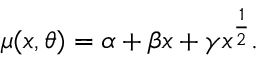
\begin{array} { r } { \mu ( x , \theta ) = \alpha + \beta x + \gamma x ^ { \frac { 1 } { 2 } } . } \end{array}